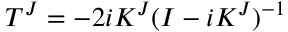
T ^ { J } = - 2 i K ^ { J } ( I - i K ^ { J } ) ^ { - 1 }